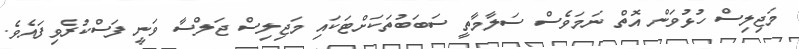
މަޖިލިސް ހުޅުވަން އޮތް ނަމަވެސް ސަލާމާތީ ސަބަބުތަކަށްޓަކައި މަޖިލިސް ޖަލްސާ ވަނީ ފަސްކުރެވިފައެވެ.